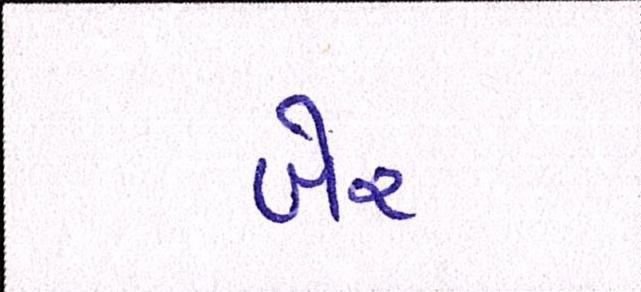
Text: ખેર